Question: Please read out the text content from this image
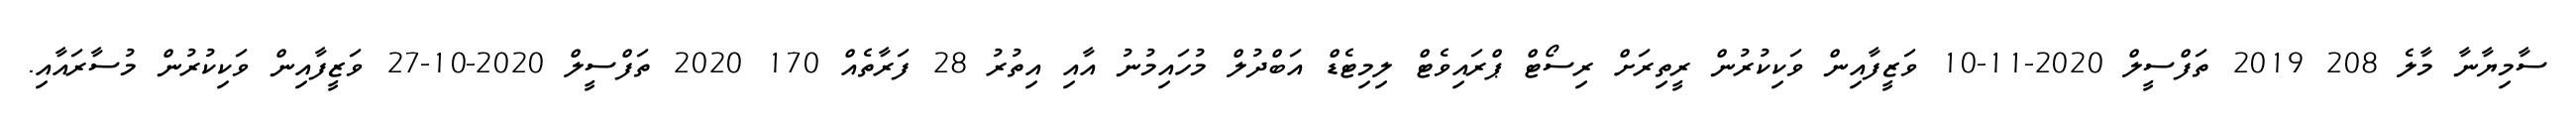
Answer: ސާމިޔާނާ މާލެ 208 2019 ތަފްސީލް 2020-11-10 ވަޒީފާއިން ވަކިކުރުން ރީތިރަށް ރިސޯޓް ޕްރައިވެޓް ލިމިޓެޑް އަބްދުލް މުހައިމުނު އާއި އިތުރު 28 ފަރާތެއް 170 2020 ތަފްސީލް 2020-10-27 ވަޒީފާއިން ވަކިކުރުން މުސާރައާއި.